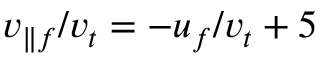
v _ { \parallel f } / v _ { t } = - u _ { f } / v _ { t } + 5